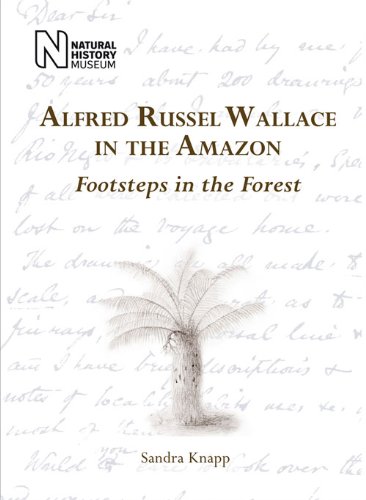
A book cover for Alfred Russel Wallace in the Amazon: Footsteps in the Forest; Sandra Knapp; Travel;